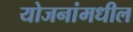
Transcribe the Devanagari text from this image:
योजनांमधील